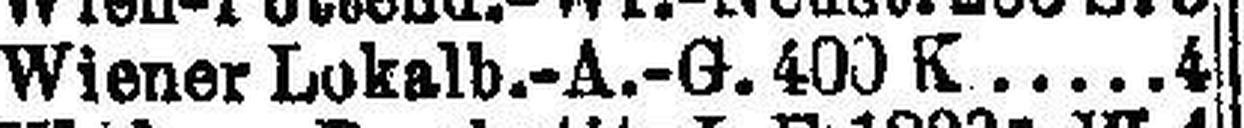
Wiener Lokalb.-A.-G. 400 K 4